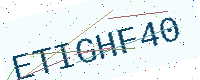
Text: ETIGHF40